Sketch of the medical history of the native army of Bombay, for the year
Year: 1876
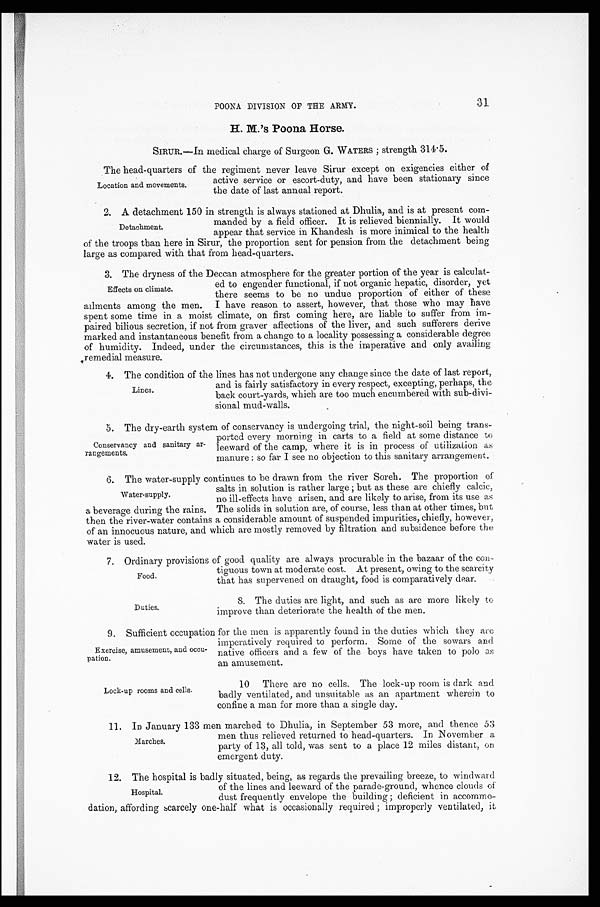
Food.
Duties.
POONA DIVISION OF THE ARMY.
H. M.'s Poona Horse.
SIRUR.—In medical charge of Surgeon G. WATERS; strength 314.5.
The head-quarters of the regiment never leave Sirur except on exigencies either of
active service or escort-duty, and have been stationary since
the date of last annual report.
2. A detachment 150 in strength is always stationed at Dhulia, and is at present com
-
manded by a field officer. It is relieved biennially. It would.
appear that service in Khandesh is more inimical to the health
of the troops than here in Sirur, the proportion sent for pension from the detachment being
large as compared with that from head-quarters.
3. The dryness of the Deccan atmosphere for the greater portion of the year is calculat -
ed to engender functional, if not organic hepatic, disorder, yet
there seems to be no undue proportion of either of these
ailments among the men. I have reason to assert, however, that those who may have
spent some time in a moist climate, on first coming here, are liable to suffer from im -
paired bilious secretion, if not from graver affections of the liver, and such sufferers derive
marked and instantaneous benefit from a change to a locality possessing a considerable degree
of humidity. Indeed, under the circumstances, this is the imperative and only availing
remedial measure.
4. The condition of the lines has not undergone any change since the date of last report,
and is fairly satisfactory in every respect, excepting, perhaps, the
back court-yards, which are too much encumbered with sub-divi
-
sional mud-walls.
5. The dry-earth system of conservancy is undergoing trial, the night-soil being trans
-
ported every morning in carts to a field at some distance to
leeward of the camp, where it is in process of utilization as
manure: so far I see no objection to this sanitary arrangement.
6. The water-supply continues to be drawn from the river Soreh. The proportion of
salts in solution is rather large; but as these are chiefly calcic,
no ill-effects have arisen, and are likely to arise, from its use as
a beverage during the rains. The solids in solution are, of course, less than at other times, but
then the river-water contains a considerable amount of suspended impurities, chiefly, however,
of an innocuous nature, and which are mostly removed by filtration and subsidence before the
water is used.
7. Ordinary provisions of good quality are always procurable in the bazaar of the con
-
tiguous town at moderate cost. At present, owing to the scarcity
that has supervened on draught, food is comparatively dear.
8. The duties are light, and such as are more likely to
improve than deteriorate the health of the men.
9. Sufficient occupation for the men is apparently found in the duties which they are
imperatively required to perform. Some of the sowars and
native officers and a few of the boys have taken to polo as
an amusement.
Location and movements
Detachment.
Effects on climate.
Lines.
Conservancy and sanitary a
rangements.
Water-supply.
Exercise, amusement, and oc
cu-
pation.
Lock-up rooms and cells.
10 There are no cells. The lock-up room is dark and
badly ventilated, and unsuitable as an apartment wherein to
confine a man for more than a single day.
11. In January 133 men marched to Dhulia, in September 53 more, and thence 53
men thus relieved returned to head-quarters. In November a
party of 13, all told, was sent to a place 12 miles distant, on
emergent duty.
Marches.
12. The hospital is badly situated, being, as regards the prevailing breeze, to windward.
of the lines and leeward of the parade-ground, whence clouds of
dust frequently envelope the building; deficient in accommo -
dation, affording scarcely one-half what is occasionally required; improperly ventilated, it
Hospital.